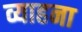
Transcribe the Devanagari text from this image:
व्याहना